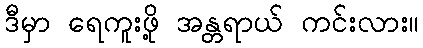
ဒီမှာ ရေကူးဖို့ အန္တရာယ် ကင်းလား။